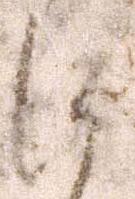
に